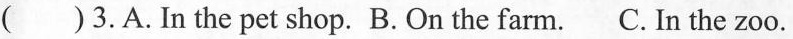
（ ）3.A.In the pet shop. B. On the farm. C. In the zoo.